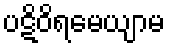
ပဋိဝိရမေယျာမ